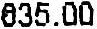
635.00